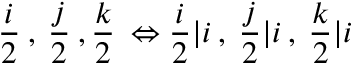
\frac { i } { 2 } \: , \: \frac { j } { 2 } \: , \frac { k } { 2 } \: \Leftrightarrow \frac { i } { 2 } \vert i \: , \: \frac { j } { 2 } \vert i \: , \: \frac { k } { 2 } \vert i